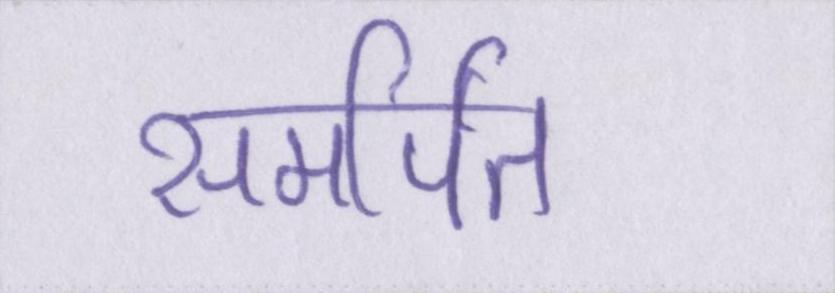
समर्पित